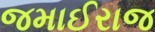
જમાઈરાજ